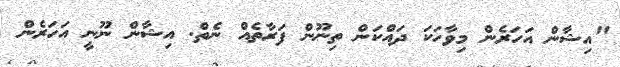
"އިޝާން އަހަރެން މިވާހަކަ ދައްކަން ތިނޫން ފަރާތެއް ނެތް. އިޝާން ނޫނީ އަހަރެން